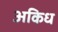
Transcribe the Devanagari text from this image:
अकिध